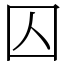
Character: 囚